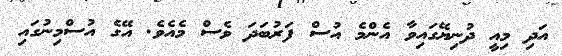
އަދި މިއީ ދުނިޔޭގައިވާ އެންމެ އުސް ފަރުބަދަ ވެސް މެއެވެ. އޭގެ އުސްމިނުގައި